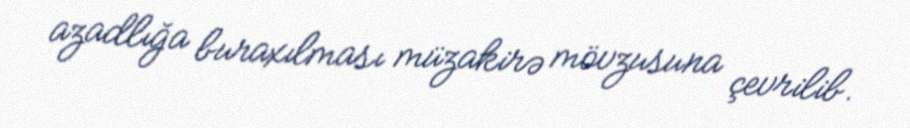
azadlığa buraxılması müzakirə mövzusuna çevrilib.